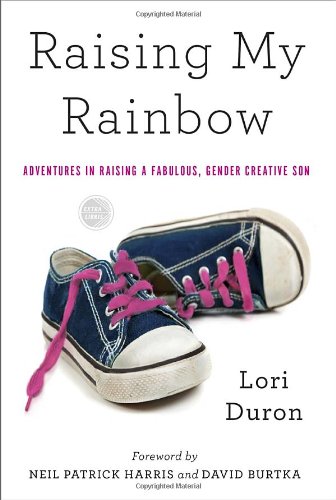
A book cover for Raising My Rainbow: Adventures in Raising a Fabulous, Gender Creative Son; Lori Duron; Gay & Lesbian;